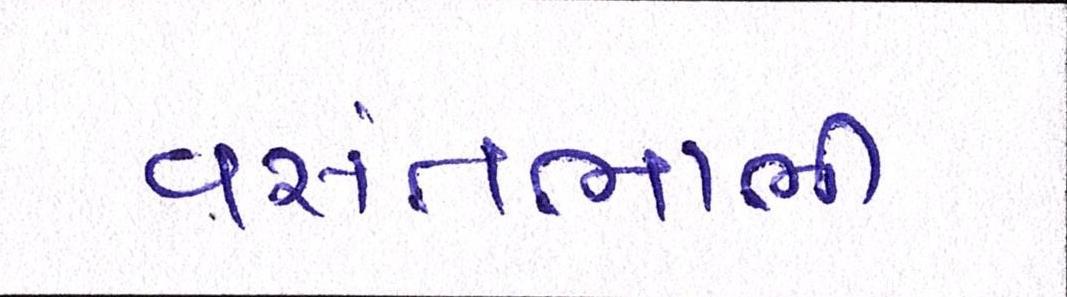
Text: વસંતભાભી